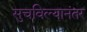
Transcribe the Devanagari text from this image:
सुचविल्यानंतर